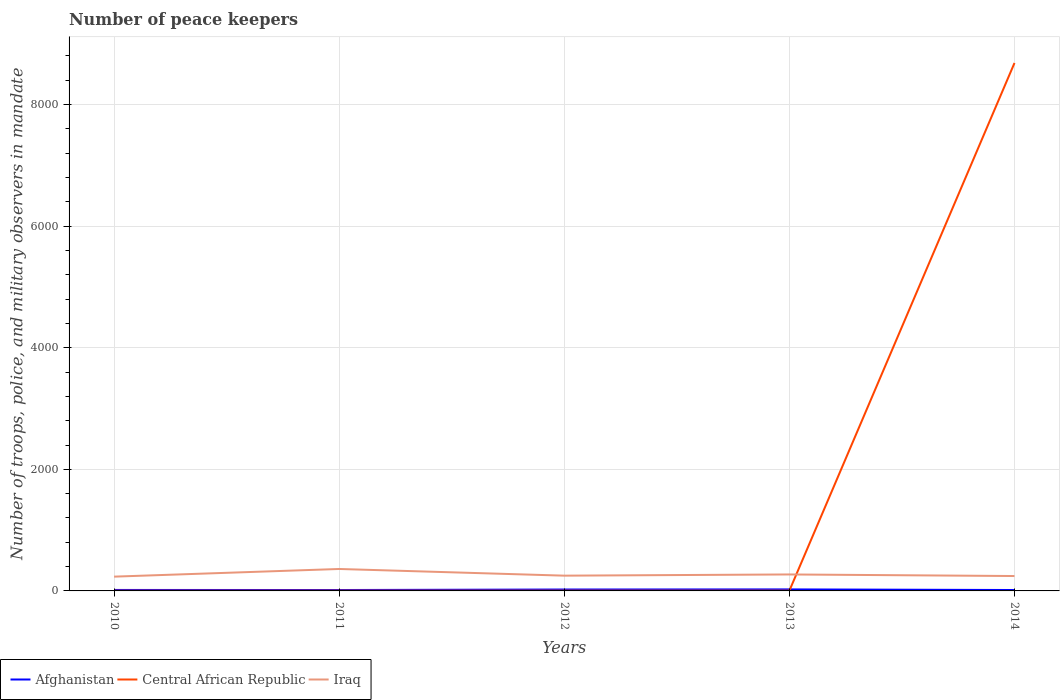
| Years | Afghanistan | Central African Republic | Iraq |
 | --- | --- | --- | --- |
 | 2010 | 16 | 3 | 235 |
 | 2011 | 15 | 4 | 361 |
 | 2012 | 23 | 4 | 251 |
 | 2013 | 25 | 4 | 271 |
 | 2014 | 15 | 8.68e+03 | 245 |